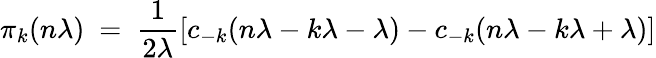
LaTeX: \pi_{k}(n\lambda)\ =\ \frac{1}{2\lambda}[c_{-k}(n\lambda-k\lambda-\lambda)-c_{-k}(n\lambda-k\lambda+\lambda)]